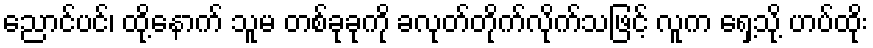
ညောင်ပင်၊ ထို့နောက် သူမ တစ်ခုခုကို ခလုတ်တိုက်လိုက်သဖြင့် လူက ရှေ့သို့ ဟပ်ထိုး